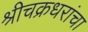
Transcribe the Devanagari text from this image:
श्रीचक्रधरांचा